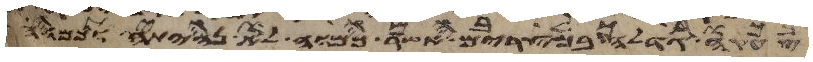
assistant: צעקה גדלה במצרים אשר כמוה לא נהיתה וכמוה